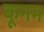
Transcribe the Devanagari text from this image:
कूनम